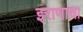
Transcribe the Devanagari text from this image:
इराणाचा